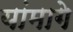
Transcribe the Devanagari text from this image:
यांमागे